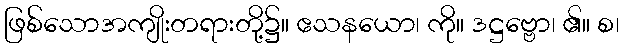
ဖြစ်သောအကျိုးတရားတို့၌။ ဧသနယော၊ ကို။ ဒဋ္ဌဗ္ဗော၊ ၏။ စ၊